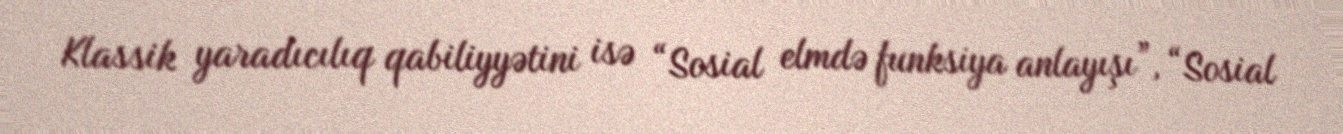
Klassik yaradıcılıq qabiliyyətini isə “Sosial elmdə funksiya anlayışı”, “Sosial